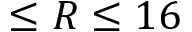
\leq R \leq 1 6